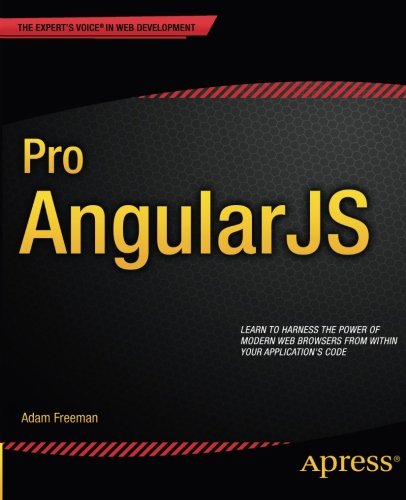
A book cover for Pro AngularJS (Expert's Voice in Web Development); Adam Freeman; Computers & Technology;